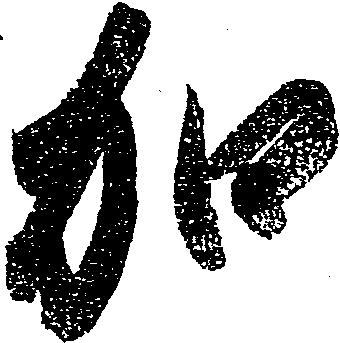
加